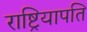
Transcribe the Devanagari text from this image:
राष्ट्रियापति